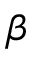
\beta